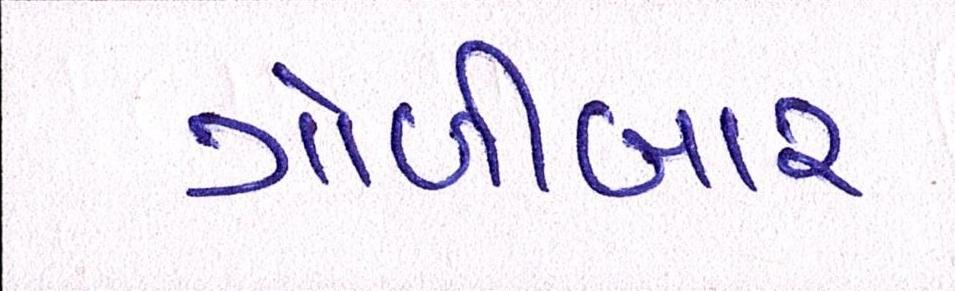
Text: ગોળીબાર